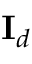
\mathbf { I } _ { d }